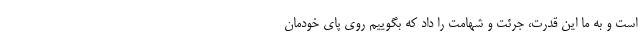
است و به ما این قدرت، جرئت و شهامت را داد که بگوییم روی پای خودمان